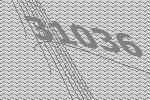
31036